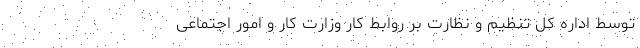
توسط اداره کل تنظیم و نظارت بر روابط کار وزارت کار و امور اجتماعی